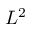
L ^ { 2 }